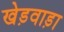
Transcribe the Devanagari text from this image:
खेड़वाड़ा